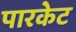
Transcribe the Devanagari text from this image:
पारकेट